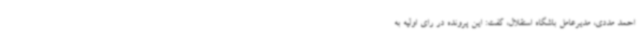
احمد مددی، مدیرعامل باشگاه استقلال، گفت: این پرونده در رای اولیه به